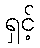
ရှင့်